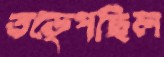
তড়্‌পেছিল